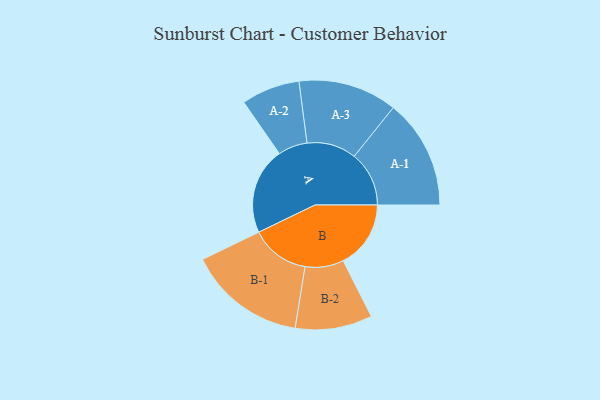
{"axis": {"x": "Segment", "y": "Value"}, "legend": ["", "A", "B"], "data": [{"x": "A", "y": 421, "type": ""}, {"x": "B", "y": 328, "type": ""}, {"x": "A-1", "y": 266, "type": "A"}, {"x": "A-2", "y": 142, "type": "A"}, {"x": "A-3", "y": 240, "type": "A"}, {"x": "B-1", "y": 286, "type": "B"}, {"x": "B-2", "y": 187, "type": "B"}]}